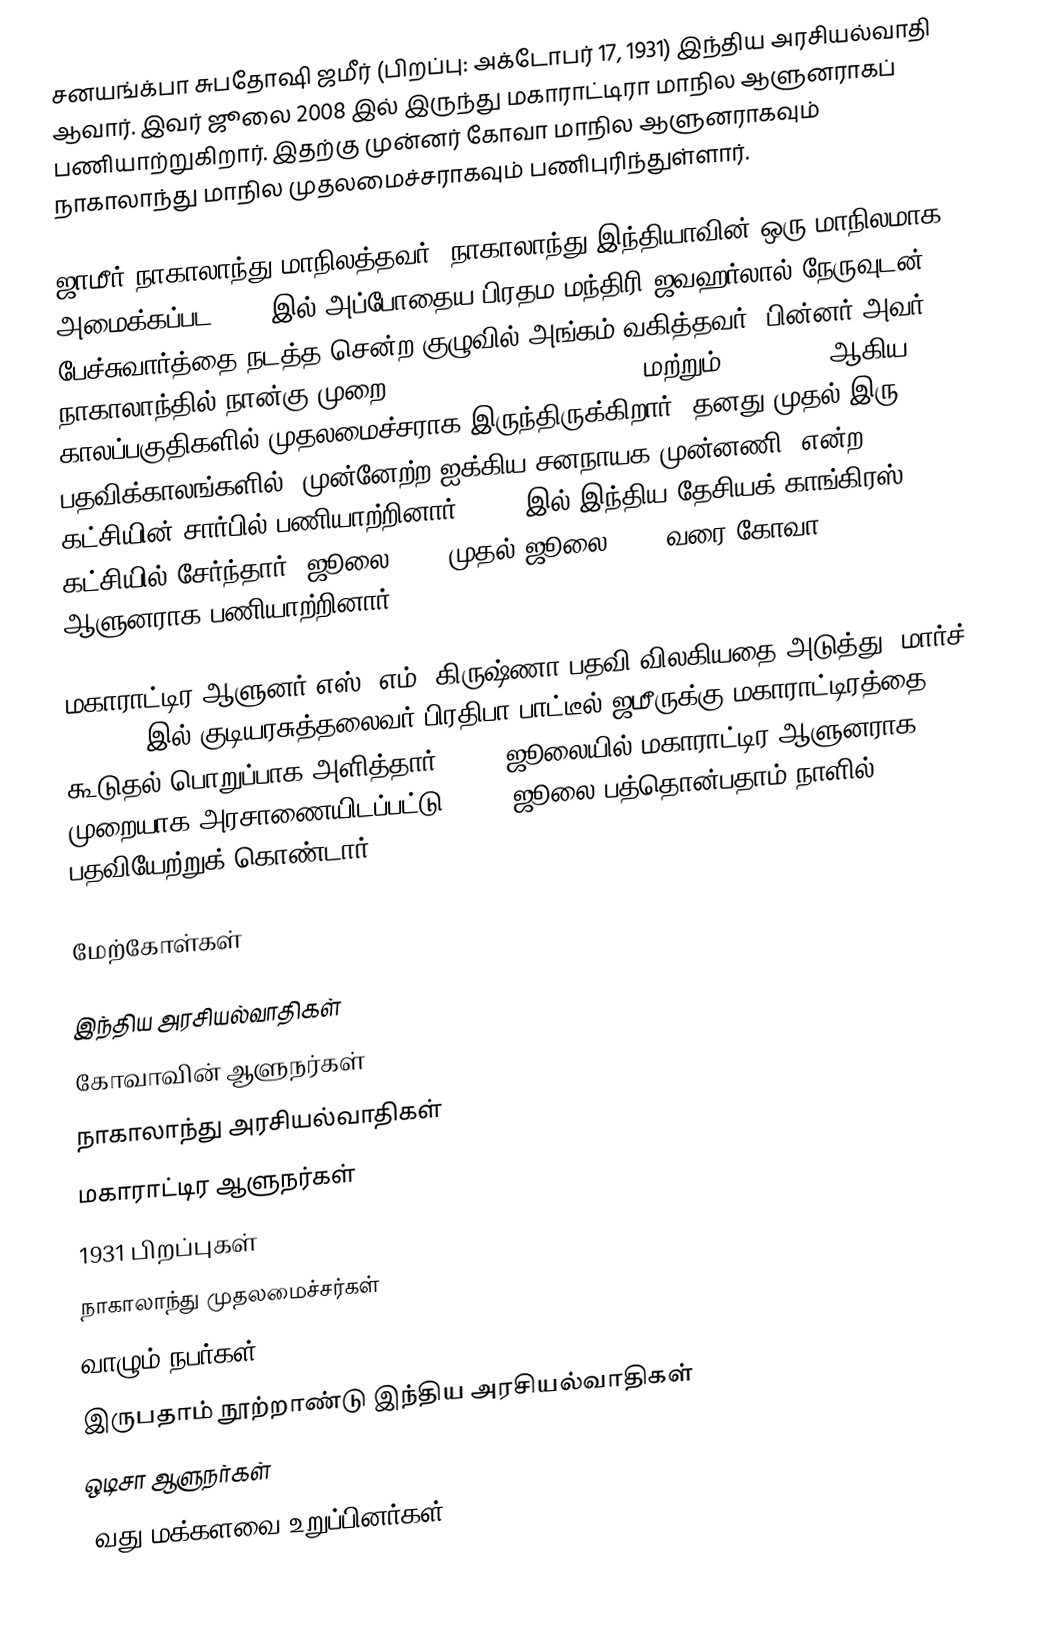
சனயங்க்பா சுபதோஷி ஜமீர் (பிறப்பு: அக்டோபர் 17, 1931) இந்திய அரசியல்வாதி ஆவார். இவர் ஜூலை 2008 இல் இருந்து மகாராட்டிரா மாநில ஆளுனராகப் பணியாற்றுகிறார். இதற்கு முன்னர் கோவா மாநில ஆளுனராகவும் நாகாலாந்து மாநில முதலமைச்சராகவும் பணிபுரிந்துள்ளார்.

ஜாமீர் நாகாலாந்து மாநிலத்தவர். நாகாலாந்து இந்தியாவின் ஒரு மாநிலமாக அமைக்கப்பட 1960 இல் அப்போதைய பிரதம மந்திரி ஜவஹர்லால் நேருவுடன் பேச்சுவார்த்தை நடத்த சென்ற குழுவில் அங்கம் வகித்தவர். பின்னர் அவர் நாகாலாந்தில் நான்கு முறை 1980, 1982-1986, 1989-90 மற்றும் 1993-2003 ஆகிய காலப்பகுதிகளில் முதலமைச்சராக இருந்திருக்கிறார். தனது முதல் இரு பதவிக்காலங்களில் "முன்னேற்ற ஐக்கிய சனநாயக முன்னணி" என்ற கட்சியின் சார்பில் பணியாற்றினார். 1989 இல் இந்திய தேசியக் காங்கிரஸ் கட்சியில் சேர்ந்தார். ஜூலை 2004 முதல் ஜூலை 2008 வரை கோவா ஆளுனராக பணியாற்றினார்.

மகாராட்டிர ஆளுனர் எஸ். எம். கிருஷ்ணா பதவி விலகியதை அடுத்து, மார்ச் 6, 2008 இல் குடியரசுத்தலைவர் பிரதிபா பாட்டீல் ஜமீருக்கு மகாராட்டிரத்தை கூடுதல் பொறுப்பாக அளித்தார். 2008 ஜூலையில் மகாராட்டிர ஆளுனராக முறையாக அரசாணையிடப்பட்டு 2008, ஜூலை பத்தொன்பதாம் நாளில் பதவியேற்றுக் கொண்டார்.

மேற்கோள்கள்

இந்திய அரசியல்வாதிகள்
கோவாவின் ஆளுநர்கள்
நாகாலாந்து அரசியல்வாதிகள்
மகாராட்டிர ஆளுநர்கள்
1931 பிறப்புகள்
நாகாலாந்து முதலமைச்சர்கள்
வாழும் நபர்கள்
இருபதாம் நூற்றாண்டு இந்திய அரசியல்வாதிகள்
ஒடிசா ஆளுநர்கள்
4வது மக்களவை உறுப்பினர்கள்